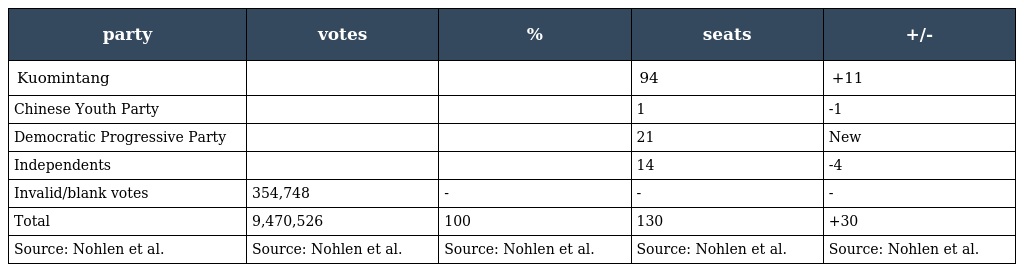
| party | votes | % | seats | +/- |
 | --- | --- | --- | --- | --- |
 | Kuomintang |  |  | 94 | +11 |
 | Chinese Youth Party |  |  | 1 | -1 |
 | Democratic Progressive Party |  |  | 21 | New |
 | Independents |  |  | 14 | -4 |
 | Invalid/blank votes | 354,748 | - | - | - |
 | Total | 9,470,526 | 100 | 130 | +30 |
 | Source: Nohlen et al. | Source: Nohlen et al. | Source: Nohlen et al. | Source: Nohlen et al. | Source: Nohlen et al. |